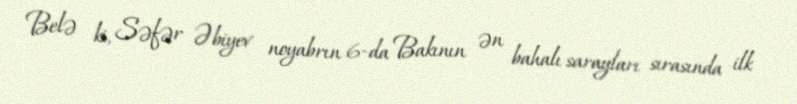
Belə ki, Səfər Əbiyev noyabrın 6-da Bakının ən bahalı sarayları sırasında ilk